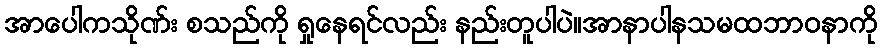
အာပေါကသိုဏ်း စသည်ကို ရှုနေရင်လည်း နည်းတူပါပဲ။အာနာပါနသမထဘာဝနာကို